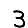
Digit: 3